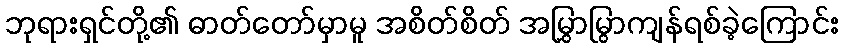
ဘုရားရှင်တို့၏ ဓာတ်တော်မှာမူ အစိတ်စိတ် အမြွှာမြွာကျန်ရစ်ခဲ့ကြောင်း